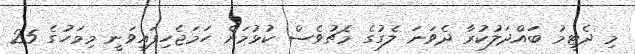
މި ދެޓީމު ބައްދަލުކުރާ ދެވަނަ ލެގުގެ މެޗުވެސް ކުޅުމަށް ހަމަޖެހިފައިވަނީ މިމަހުގެ 25